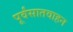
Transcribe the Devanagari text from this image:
पूर्वंसातवाहन